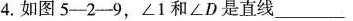
4.如图5-2-9，∠1和∠D是直线___